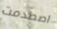
اصطدمت